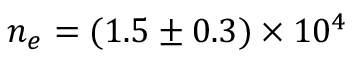
n _ { e } = ( 1 . 5 \pm 0 . 3 ) \times 1 0 ^ { 4 }